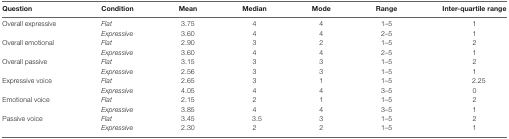
<table><thead><tr><td><b>Question</b></td><td><b>Condition</b></td><td><b>Mean</b></td><td><b>Median</b></td><td><b>Mode</b></td><td><b>Range</b></td><td><b>Inter-quartile range</b></td></tr></thead><tbody><tr><td>Overall expressive</td><td><i>Flat</i></td><td>3.75</td><td>4</td><td>4</td><td>1–5</td><td>1</td></tr><tr><td></td><td><i>Expressive</i></td><td>3.60</td><td>4</td><td>4</td><td>2–5</td><td>1</td></tr><tr><td>Overall emotional</td><td><i>Flat</i></td><td>2.90</td><td>3</td><td>2</td><td>1–5</td><td>2</td></tr><tr><td></td><td><i>Expressive</i></td><td>3.60</td><td>4</td><td>4</td><td>2–5</td><td>1</td></tr><tr><td>Overall passive</td><td><i>Flat</i></td><td>3.15</td><td>3</td><td>3</td><td>1–5</td><td>2</td></tr><tr><td></td><td><i>Expressive</i></td><td>2.56</td><td>3</td><td>3</td><td>1–5</td><td>1</td></tr><tr><td>Expressive voice</td><td><i>Flat</i></td><td>2.65</td><td>3</td><td>1</td><td>1–5</td><td>2.25</td></tr><tr><td></td><td><i>Expressive</i></td><td>4.05</td><td>4</td><td>4</td><td>3–5</td><td>0</td></tr><tr><td>Emotional voice</td><td><i>Flat</i></td><td>2.15</td><td>2</td><td>1</td><td>1–5</td><td>2</td></tr><tr><td></td><td><i>Expressive</i></td><td>3.85</td><td>4</td><td>4</td><td>3–5</td><td>1</td></tr><tr><td>Passive voice</td><td><i>Flat</i></td><td>3.45</td><td>3.5</td><td>3</td><td>1–5</td><td>2</td></tr><tr><td></td><td><i>Expressive</i></td><td>2.30</td><td>2</td><td>2</td><td>1–5</td><td>1</td></tr></tbody></table>